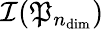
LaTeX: \mathcal{I}(\mathfrak{P}_{n_{\textup{dim}}})